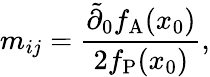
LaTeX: m_{ij}=\frac{\tilde{\partial}_{0}f_{\mathrm{A}}(x_{0})}{2f_{\mathrm{P}}(x_{0})},